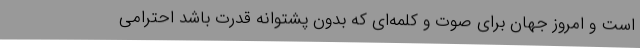
است و امروز جهان برای صوت و کلمه‌ای که بدون پشتوانه قدرت باشد احترامی